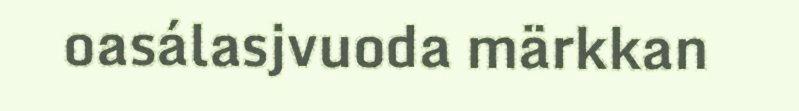
oasálasjvuoda märkkan